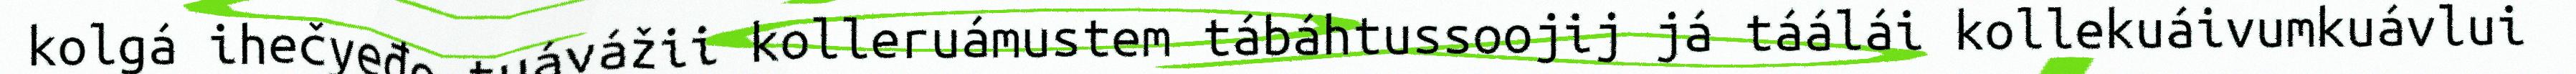
kolgá ihečyeđe tuávážii kolleruámustem tábáhtussoojij já táálái kollekuáivumkuávlui